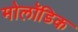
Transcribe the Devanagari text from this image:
मोलॉडिक